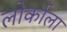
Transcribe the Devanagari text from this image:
लोर्काला